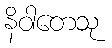
နိဝါတေသု